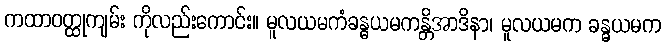
ကထာဝတ္ထုကျမ်း ကိုလည်းကောင်း။ မူလယမကံခန္ဓယမကန္တိအာဒိနာ၊ မူလယမက ခန္ဓယမက